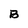
Character: B